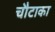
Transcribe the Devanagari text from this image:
चौटाका